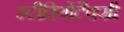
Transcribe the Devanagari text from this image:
स्टीरियोटैक्सी